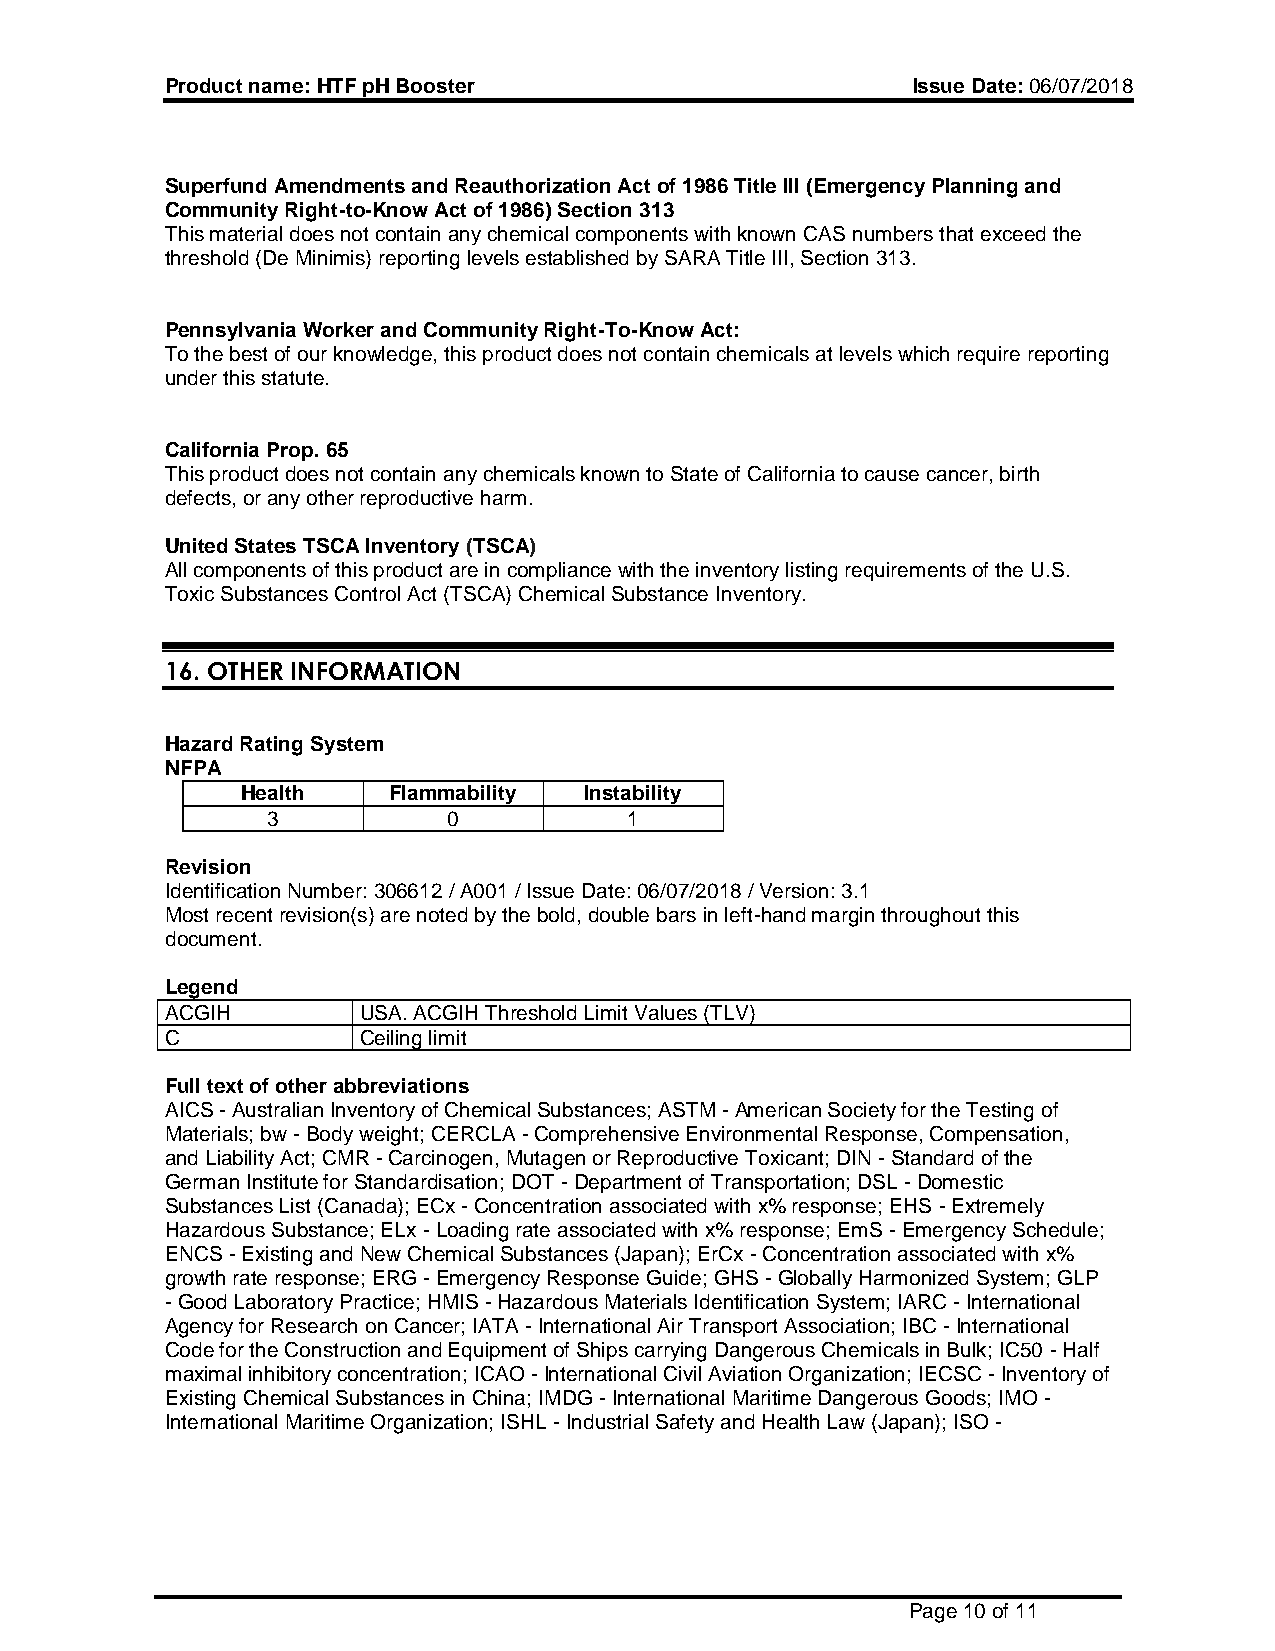
Product name: HTF pH Booster                     Issue Date: 06/07/2018
 Superfund Amendments and Reauthorization Act of 1986 Title III (Emergency Planning and
 Community Right-to-Know Act of 1986) Section 313
 This material does not contain any chemical components with known CAS numbers that exceed the
 threshold (De Minimis) reporting levels established by SARA Title III, Section 313.
 Pennsylvania Worker and Community Right-To-Know Act:
 To the best of our knowledge, this product does not contain chemicals at levels which require reporting
 under this statute.
 California Prop. 65
 This product does not contain any chemicals known to State of California to cause cancer, birth
 defects, or any other reproductive harm.
 United States TSCA Inventory (TSCA)
 All components of this product are in compliance with the inventory listing requirements of the U.S.
 Toxic Substances Control Act (TSCA) Chemical Substance Inventory.
 16. OTHER INFORMATION
 Hazard Rating System
 NFPA
 Health    Flammability Instability
 3           0           1
 Revision
 Identification Number: 306612 / A001 / Issue Date: 06/07/2018 / Version: 3.1
 Most recent revision(s) are noted by the bold, double bars in left-hand margin throughout this
 document.
 Legend
 ACGIH        USA. ACGIH Threshold Limit Values (TLV)
 C            Ceiling limit
 Full text of other abbreviations
 AICS - Australian Inventory of Chemical Substances; ASTM - American Society for the Testing of
 Materials; bw - Body weight; CERCLA - Comprehensive Environmental Response, Compensation,
 and Liability Act; CMR - Carcinogen, Mutagen or Reproductive Toxicant; DIN - Standard of the
 German Institute for Standardisation; DOT - Department of Transportation; DSL - Domestic
 Substances List (Canada); ECx - Concentration associated with x% response; EHS - Extremely
 Hazardous Substance; ELx - Loading rate associated with x% response; EmS - Emergency Schedule;
 ENCS - Existing and New Chemical Substances (Japan); ErCx - Concentration associated with x%
 growth rate response; ERG - Emergency Response Guide; GHS - Globally Harmonized System; GLP
 - Good Laboratory Practice; HMIS - Hazardous Materials Identification System; IARC - International
 Agency for Research on Cancer; IATA - International Air Transport Association; IBC - International
 Code for the Construction and Equipment of Ships carrying Dangerous Chemicals in Bulk; IC50 - Half
 maximal inhibitory concentration; ICAO - International Civil Aviation Organization; IECSC - Inventory of
 Existing Chemical Substances in China; IMDG - International Maritime Dangerous Goods; IMO -
 International Maritime Organization; ISHL - Industrial Safety and Health Law (Japan); ISO -
 Page 10 of 11